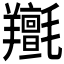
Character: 𦏫